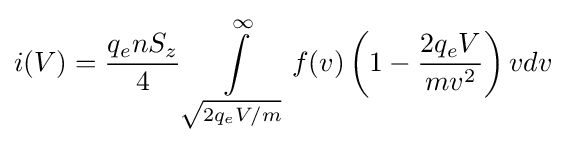
i(V)={\frac {q_{e}nS_{z}}{4}}\int \limits _{\sqrt {2q_{e}V/m}}^{\infty }f(v)\left(1-{\frac {2q_{e}V}{mv^{2}}}\right)vdv